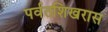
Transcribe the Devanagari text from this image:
पर्वतशिखरास